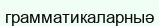
грамматикаларныә